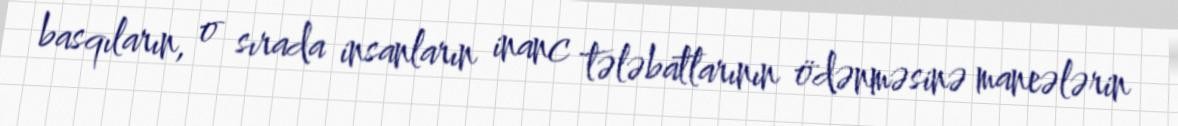
basqıların, o sırada insanların inanc tələbatlarının ödənməsinə maneələrin